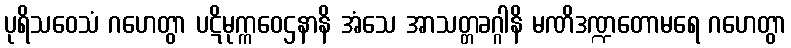
ပုရိသဝေသံ ဂဟေတွာ ပဋိမုက္ကဝေဌနာနိ အံသေ အာသတ္တခဂ္ဂါနိ မဏိဒဏ္ဍတောမရေ ဂဟေတွာ